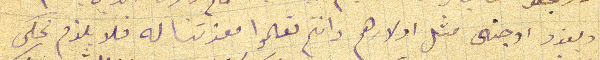
ويغدو اوجنى مثل اولادهم وانتم تعلموا معزتنا له فلا يلزم نحكى